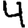
Digit: 4